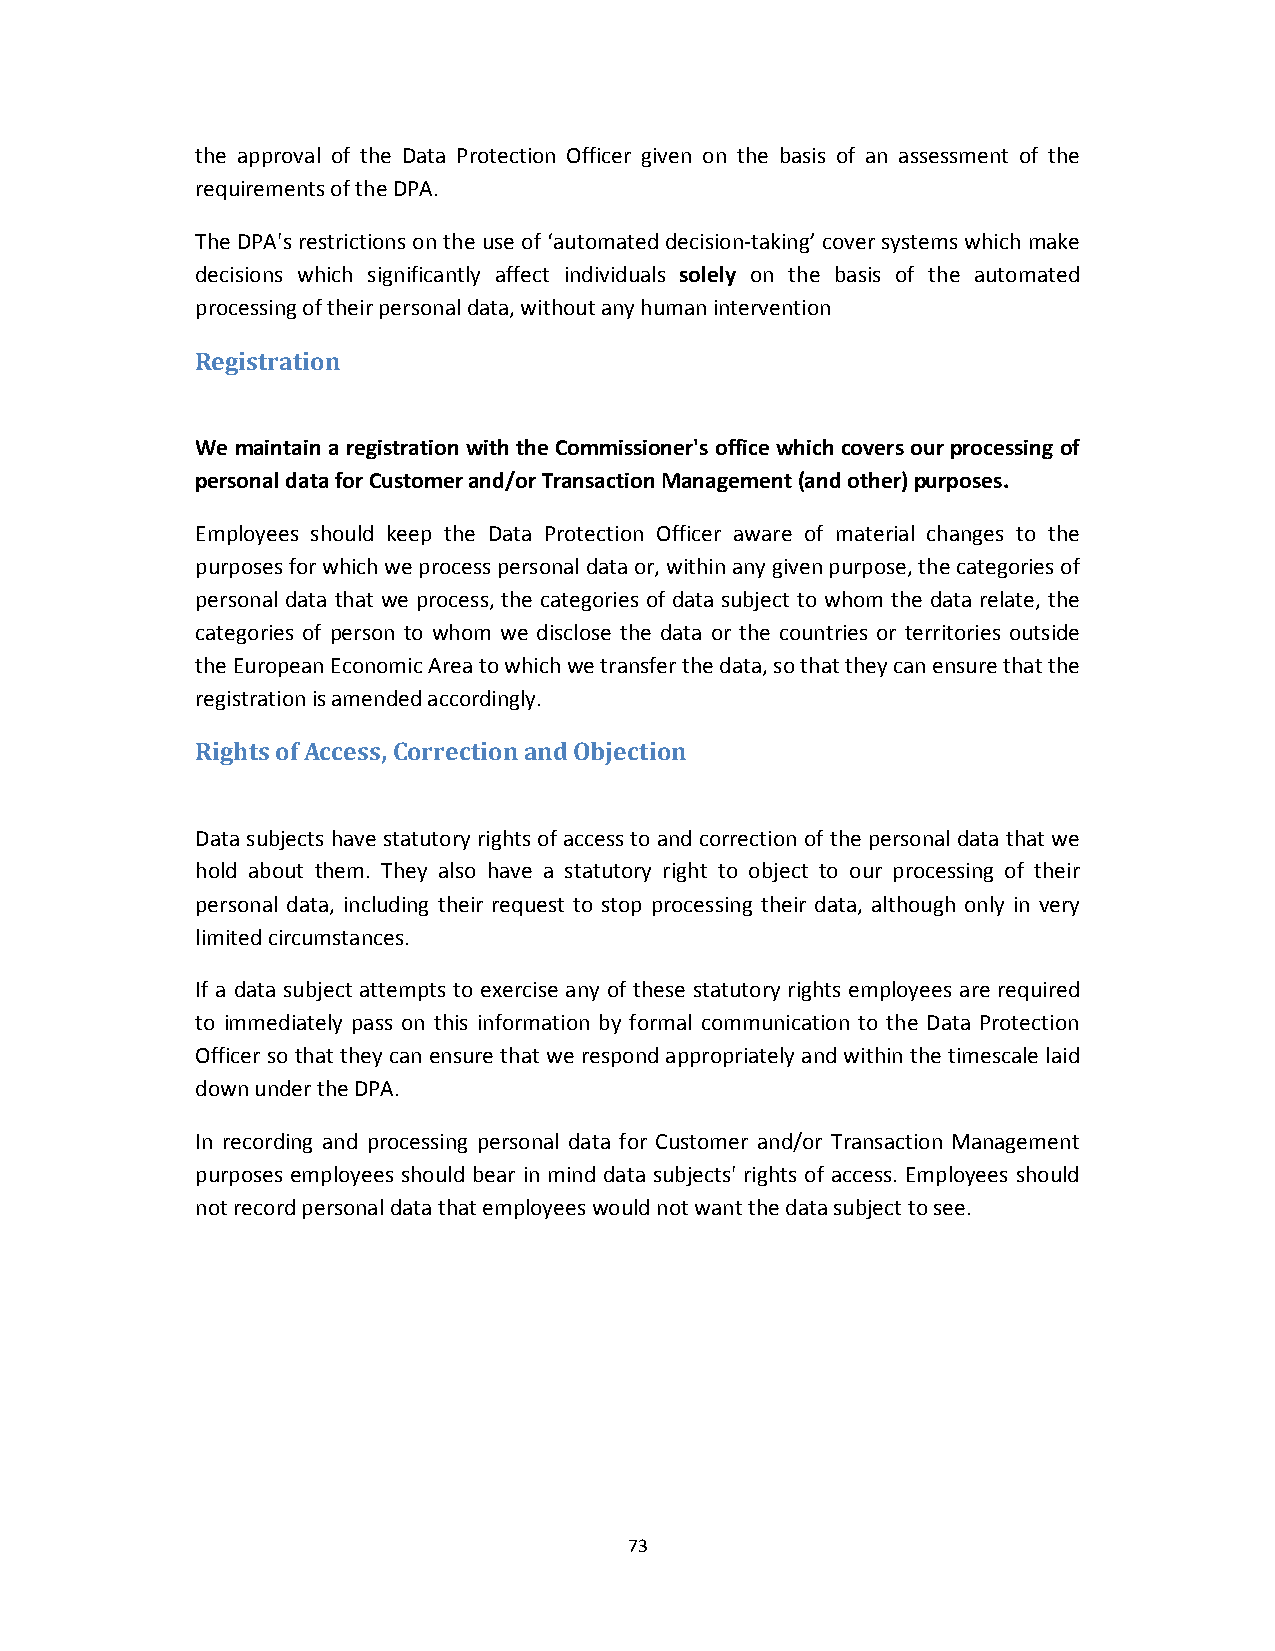
the approval of the Data Protection Officer given on the basis of an assessment of the
 requirements of the DPA.
 The DPA's restrictions on the use of ‘automated decision‐taking’ cover systems which make
 decisions which significantly affect individuals solely on the basis of the automated
 processing of their personal data, without any human intervention
 Registration
 We maintain a registration with the Commissioner's office which covers our processing of
 personal data for Customer and/or Transaction Management (and other) purposes.
 Employees should keep the Data Protection Officer aware of material changes to the
 purposes for which we process personal data or, within any given purpose, the categories of
 personal data that we process, the categories of data subject to whom the data relate, the
 categories of person to whom we disclose the data or the countries or territories outside
 the European Economic Area to which we transfer the data, so that they can ensure that the
 registration is amended accordingly.
 Rights of Access, Correction and Objection
 Data subjects have statutory rights of access to and correction of the personal data that we
 hold about them. They also have a statutory right to object to our processing of their
 personal data, including their request to stop processing their data, although only in very
 limited circumstances.
 If a data subject attempts to exercise any of these statutory rights employees are required
 to immediately pass on this information by formal communication to the Data Protection
 Officer so that they can ensure that we respond appropriately and within the timescale laid
 down under the DPA.
 In recording and processing personal data for Customer and/or Transaction Management
 purposes employees should bear in mind data subjects' rights of access. Employees should
 not record personal data that employees would not want the data subject to see.
 73